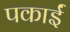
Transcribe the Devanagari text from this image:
पकाईं